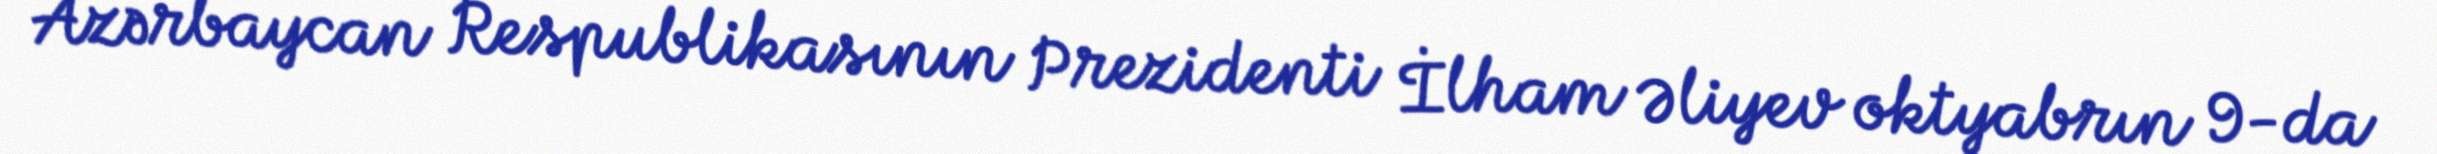
Azərbaycan Respublikasının Prezidenti İlham Əliyev oktyabrın 9-da